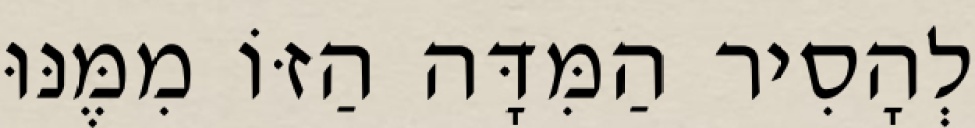
לְהָסִיר הַמִּדָּה הַזּוֹ מִמֶּנּוּ